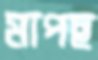
মাপছ